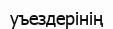
уъездерінің